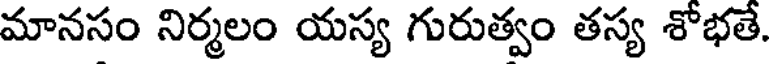
మానసం నిర్మలం యస్య గురుత్వం తస్య శోభతే.